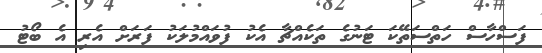
ފަސްހާސް ހަތްސަތޭކަ ޓަނުގެ ތަކެއްޗާ އެކު ފުވައްމުލަކު ފަރަށް އެރި އެ ބޯޓު